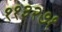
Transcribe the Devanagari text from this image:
११३२७१